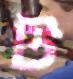
ট